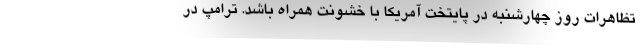
تظاهرات روز چهارشنبه در پایتخت آمریکا با خشونت همراه باشد. ترامپ در